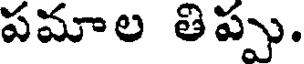
పమాల తిప్పు.